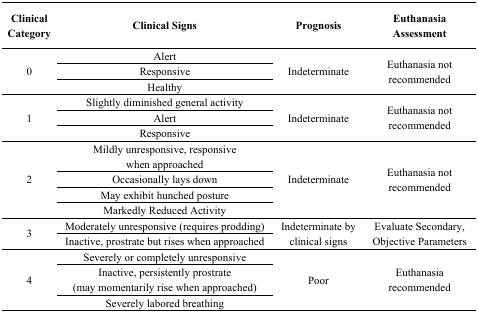
<table><thead><tr><td><b>Clinical Category</b></td><td><b>Clinical Signs</b></td><td><b>Prognosis</b></td><td><b>Euthanasia Assessment</b></td></tr></thead><tbody><tr><td rowspan="3">0</td><td>Alert</td><td rowspan="3">Indeterminate</td><td rowspan="3">Euthanasia not recommended</td></tr><tr><td>Responsive</td></tr><tr><td>Healthy</td></tr><tr><td rowspan="3">1</td><td>Slightly diminished general activity</td><td rowspan="3">Indeterminate</td><td rowspan="3">Euthanasia not recommended</td></tr><tr><td>Alert</td></tr><tr><td>Responsive</td></tr><tr><td rowspan="4">2</td><td>Mildly unresponsive, responsive when approached</td><td rowspan="4">Indeterminate</td><td rowspan="4">Euthanasia not recommended</td></tr><tr><td>Occasionally lays down</td></tr><tr><td>May exhibit hunched posture</td></tr><tr><td>Markedly Reduced Activity</td></tr><tr><td rowspan="2">3</td><td>Moderately unresponsive (requires prodding)</td><td rowspan="2">Indeterminate by clinical signs</td><td rowspan="2">Evaluate Secondary, Objective Parameters</td></tr><tr><td>Inactive, prostrate but rises when approached</td></tr><tr><td rowspan="3">4</td><td>Severely or completely unresponsive</td><td rowspan="3">Poor</td><td rowspan="3">Euthanasia recommended</td></tr><tr><td>Inactive, persistently prostrate (may momentarily rise when approached)</td></tr><tr><td>Severely labored breathing</td></tr></tbody></table>